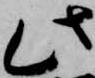
此